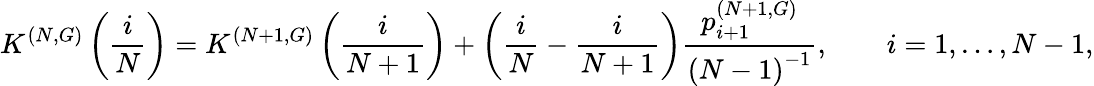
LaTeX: K^{(N,G)}\left(\frac{i}{N}\right)=K^{(N+1,G)}\left(\frac{i}{N+1}\right)+\left(\frac{i}{N}-\frac{i}{N+1}\right)\frac{p_{i+1}^{(N+1,G)}}{\left(N-1\right)^{-1}},\qquad i=1,\dots,N-1,